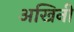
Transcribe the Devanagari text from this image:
अखिनी